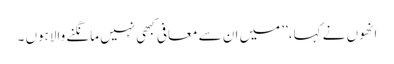
انھوں نے کہا،’’ میں ان سے معافی کبھی نہیں مانگنے والاہوں ۔